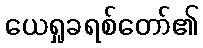
ယေရှုခရစ်တော်၏